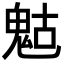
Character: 𩲱